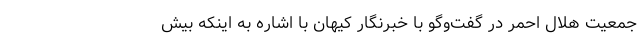
جمعیت هلال احمر در گفت‌وگو با خبرنگار کیهان با اشاره به اینکه بیش